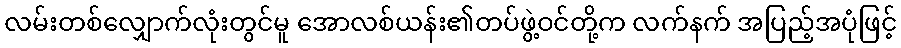
လမ်းတစ်လျှောက်လုံးတွင်မူ အောလစ်ယန်း၏တပ်ဖွဲ့ဝင်တို့က လက်နက် အပြည့်အပုံဖြင့်